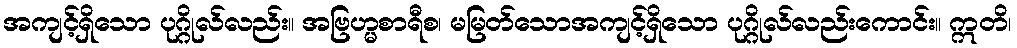
အကျင့်ရှိသော ပုဂ္ဂိုလ်လည်း။ အဗြဟ္မစာရီစ၊ မမြတ်သောအကျင့်ရှိသော ပုဂ္ဂိုလ်လည်းကောင်း။ ဣတိ၊